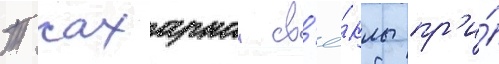
Т сахарнои св'ё́клы пр'и́